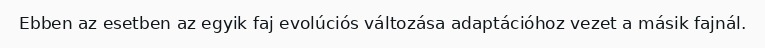
Ebben az esetben az egyik faj evolúciós változása adaptációhoz vezet a másik fajnál.